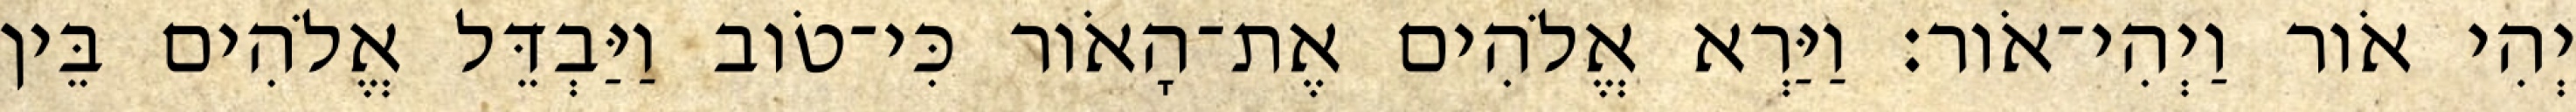
יְהִי אֹור וַיְהִי־אֹור׃ וַיַּרְא אֱלֹהִים אֶת־הָאֹור כִּי־טֹוב וַיַּבְדֵּל אֱלֹהִים בֵּין